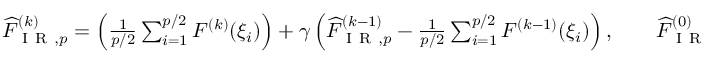
\begin{array} { r } { \widehat { F } _ { \mathrm { ~ I ~ R ~ } , p } ^ { ( k ) } = \left( \frac { 1 } { p / 2 } \sum _ { i = 1 } ^ { p / 2 } F ^ { ( k ) } ( \xi _ { i } ) \right) + \gamma \left( \widehat { F } _ { \mathrm { ~ I ~ R ~ } , p } ^ { ( k - 1 ) } - \frac { 1 } { p / 2 } \sum _ { i = 1 } ^ { p / 2 } F ^ { ( k - 1 ) } ( \xi _ { i } ) \right) , \qquad \widehat { F } _ { \mathrm { ~ I ~ R ~ } , p } ^ { ( 0 ) } = \widehat { F } _ { \mathrm { ~ M ~ C ~ } , p } ^ { ( 0 ) } \, , } \end{array}